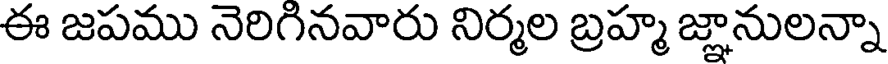
ఈ జపము నెరిగినవారు నిర్మల బ్రహ్మ జ్ఞానులన్నా